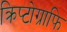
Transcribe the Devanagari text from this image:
क्रिप्टोग्राफि